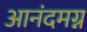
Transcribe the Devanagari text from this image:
आनंदमग्न